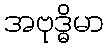
အဗုဒ္ဓိမာ